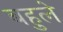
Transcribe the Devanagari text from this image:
बहुले